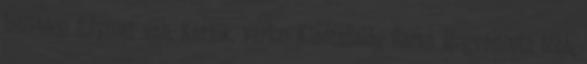
letöltése folymat van. Kérjük, várjon KiadtaZalán Barna Megváltozta több,